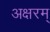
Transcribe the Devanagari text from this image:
अक्षरम्